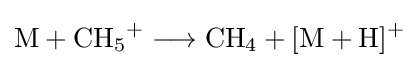
{\mathrm {M} {}+{}\mathrm {CH} {\vphantom {A}}_{\smash[{t}]{5}}{\vphantom {A}}^{+}{}\mathrel {\longrightarrow } {}\mathrm {CH} {\vphantom {A}}_{\smash[{t}]{4}}{}+{}[\mathrm {M} {}+{}\mathrm {H} ]{\vphantom {A}}^{+}}